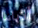
ألاباما